Investigations into the jail dietaries of the United Provinces with some observations on the influence of dietary on the physical development and well-being of the people of the United Provinces - Number 48
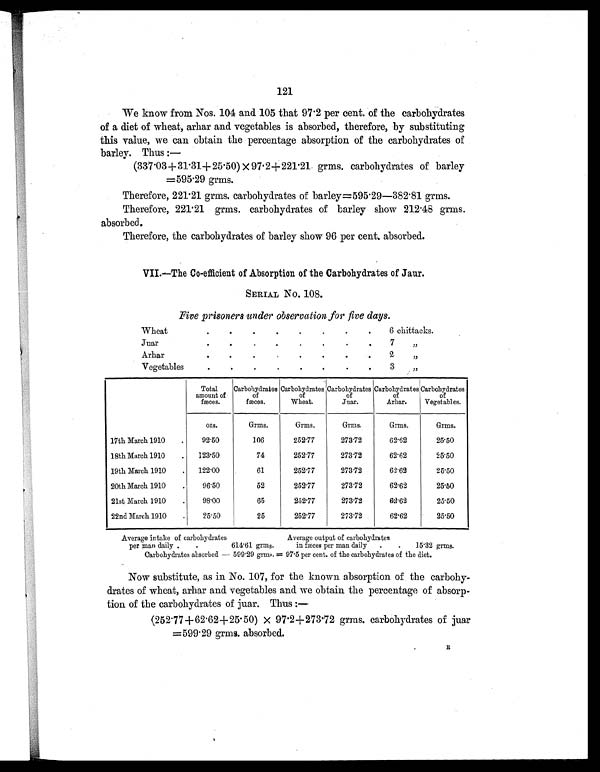
121
We know from Nos. 104 and 105 that 97.2 per cent. of the carbohydrates
of a diet of wheat, arhar and vegetables is absorbed, therefore, by substituting
this value, we can obtain the percentage absorption of the carbohydrates of
barley. Thus:—
(337.03+31.31+25.50) × 97.2+221.21 grms. carbohydrates of barley
=595.29 grms.
Therefore, 221.21 grms. carbohydrates of barley=595.29—382.81 grms.
Therefore, 221.21 grms. carbohydrates of barley show 212.48 grms.
absorbed.
Therefore, the carbohydrates of barley show 96 per cent. absorbed.
VII.—The Co-efficient of Absorption of the Carbohydrates of Jaur.
SERIAL No. 108.
Five prisoners under observation for five days.
Wheat
.
.
.
.
.
.
.
.
6 chittacks.
Juar
.
.
.
.
.
.
.
.
7 „
Arhar
.
.
.
.
.
.
.
.
2 „
Vegetable
. .
.
.
.
.
.
.
3 „
Total
amount of
fæces.
Carbohydrates
of
fæces.
Carbohydrates
of
Wheat.
Carbohydrates
of
Juar.
Carbohydrates
of
Arhar.
Carbohydrates
of
Vegetables.
ozs.
Grms.
Grms.
Grms.
Grms.
Grms.
17th March 1910
.
92.50
106
252.77
273.72
62.62
25.50
18th March 1910
.
123.50
74
252.77
273.72
62.62
25.50
19th March 1910
.
122.00
61
252.77
273.72
62.62
25.50
20th March 1910
.
96.50
52
252.77
273.72
62.62
25.50
21st March 1910
.
98.00
65
252.77
273.72
62.62
25.50
22nd March 1910
.
25.50
25
252.77
273.72
62.62
25.50
Average intake of carbohydrates
Average output of carbohydrates
per man daily .
.
614.61 grms.
in fæces per man daily .
.
15.32 grms.
Carbohydrates absorbed — 599.29 grms. = 97.5 per cent. of the carbohydrates of the diet.
Now substitute, as in No. 107, for the known absorption of the carbohy-
drates of wheat, arhar and vegetables and we obtain the percentage of absorp-
tion of the carbohydrates of juar. Thus:—
(252.77+62.62+25.50) × 97.2+273.72 grms. carbohydrates of juar
=599.29 grms. absorbed. R